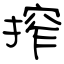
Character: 搾